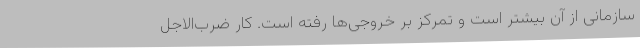
سازمانی از آن بیشتر است و تمرکز بر خروجی‌ها رفته است. کار ضرب‌الاجل‌